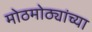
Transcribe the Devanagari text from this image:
मोठमोठ्यांच्या